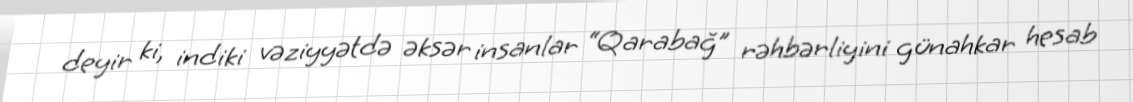
deyir ki, indiki vəziyyətdə əksər insanlar “Qarabağ” rəhbərliyini günahkar hesab